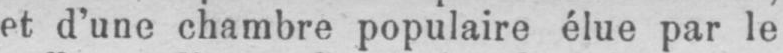
et d’une chambre populaire élue par le